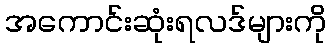
အကောင်းဆုံးရလဒ်များကို